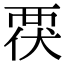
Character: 覄